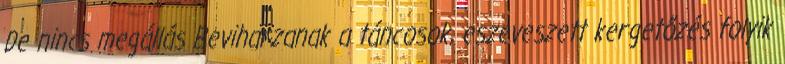
De nincs megállás Beviharzanak a táncosok, eszeveszett kergetőzés folyik